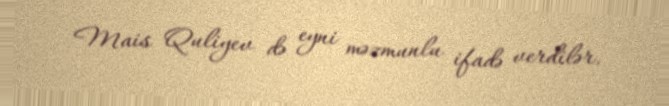
Mais Quliyev də eyni məzmunlu ifadə verdilər.